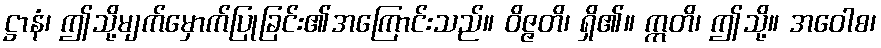
ဋ္ဌာနံ၊ ဤသို့မျက်မှောက်ပြုခြင်း၏အကြောင်းသည်။ ဝိဇ္ဇတိ၊ ရှိ၏။ ဣတိ၊ ဤသို့။ အဝေါစ၊